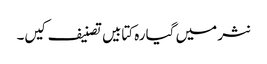
نثر میں گیارہ کتابیں تصنیف کیں۔